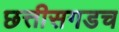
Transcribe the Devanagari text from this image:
छत्तीसगडच